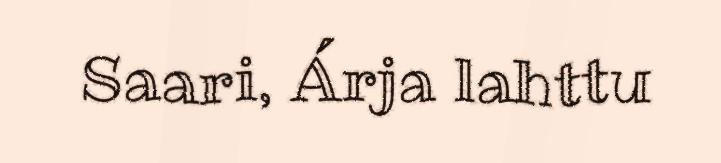
Saari, Árja lahttu